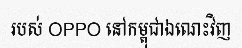
របស់ OPPO នៅកម្ពុជាឯណេះវិញ